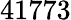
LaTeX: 41773